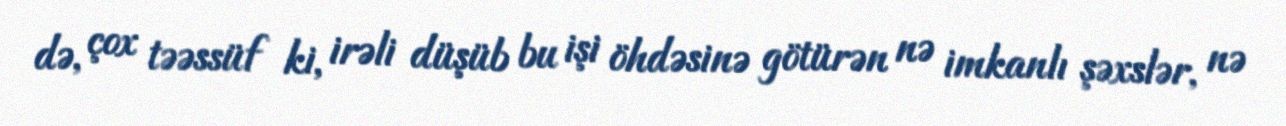
də, çox təəssüf ki, irəli düşüb bu işi öhdəsinə götürən nə imkanlı şəxslər, nə